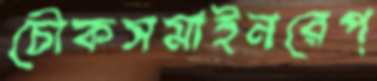
চৌকসমাইনরেপ্